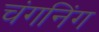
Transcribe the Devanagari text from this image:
चंगनिंग